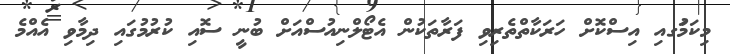
މިކަމުަގއި އިސްކޮށް ހަރަކާތްތެރިވި ފަރާތަކުން އެޓޯލްނިއުސްއަށް ބުނީ ސޮއި ކުރުމުގައި ދިމާވި އެއްމެ